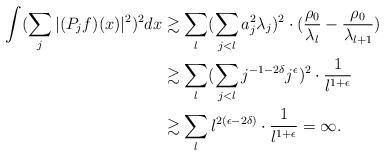
LaTeX: \begin{align*}\int ( \sum_j |(P_j f)(x)|^2)^2 dx & \gtrsim \sum_l ( \sum_{j<l} a_j^2 \lambda_j)^2 \cdot (\frac{\rho_0}{\lambda_l}-\frac{\rho_0}{\lambda_{l+1}} ) \\& \gtrsim \sum_{l} ( \sum_{j<l} j^{-1-2\delta} j^{\epsilon} )^2 \cdot \frac 1 {l^{1+\epsilon}} \\& \gtrsim \sum_l l^{2(\epsilon-2\delta)} \cdot \frac 1 {l^{1+\epsilon}} =\infty.\end{align*}